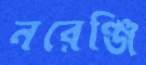
নরেঞ্জি